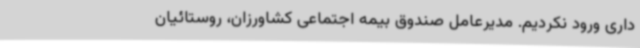
داری ورود نکردیم. مدیرعامل صندوق بیمه اجتماعی کشاورزان، روستائیان